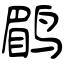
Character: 鹛